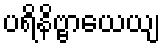
ပရိနိဗ္ဗာယေယျ